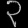
Digit: ၃